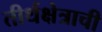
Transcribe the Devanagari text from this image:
तीर्थक्षेत्राची